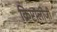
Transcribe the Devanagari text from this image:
क्रिप्टॉलोजी